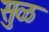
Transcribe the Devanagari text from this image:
सुळ